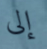
إلى